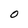
Character: O